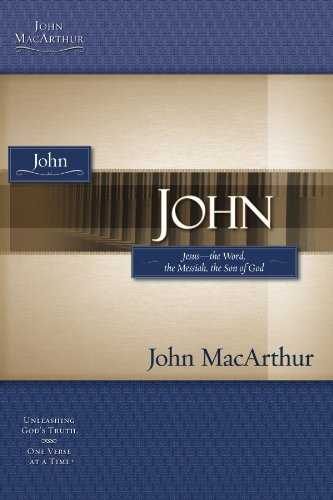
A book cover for John (MacArthur Bible Studies); John F. MacArthur; Christian Books & Bibles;